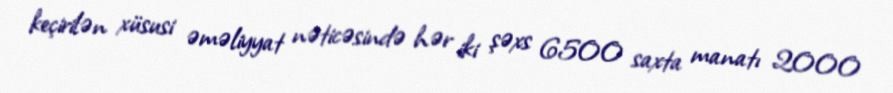
keçirilən xüsusi əməliyyat nəticəsində hər iki şəxs 6500 saxta manatı 2000